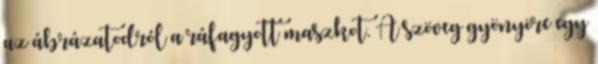
az ábrázatodról a ráfagyott maszkot. A szöveg gyönyöre egy